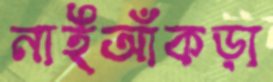
নাইআঁকড়া